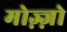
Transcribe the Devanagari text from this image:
मोज़्ज़ो